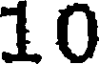
10